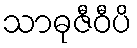
သာဓုဇီဝီပိ